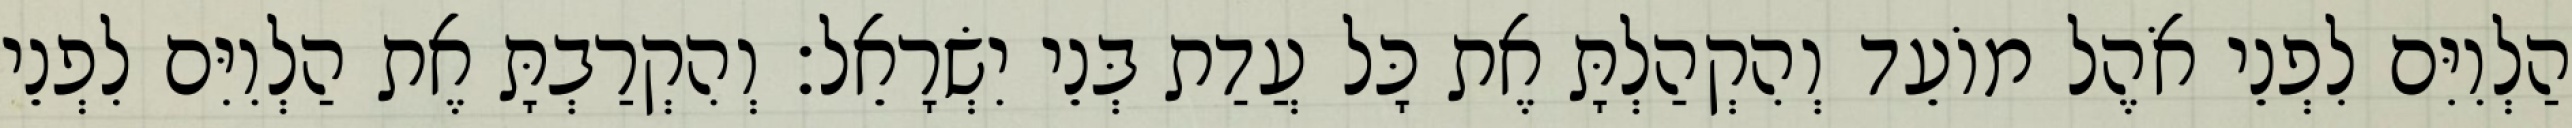
הַלְוִיִּם לִפְנֵי אֹהֶל מוֹעֵד וְהִקְהַלְתָּ אֶת כָּל עֲדַת בְּנֵי יִשְׂרָאֵל׃ וְהִקְרַבְתָּ אֶת הַלְוִיִּם לִפְנֵי